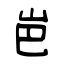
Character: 岜